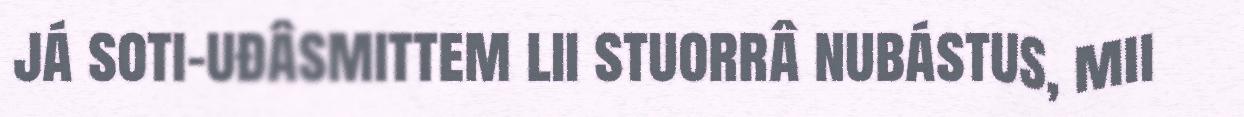
já soti-uđâsmittem lii stuorrâ nubástus, mii